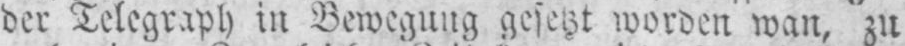
der Telegraph in Bewegung gesetzt worden wan, zu